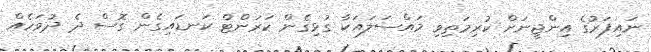
ނައިފަރުގެ އިންޖީނަށް ކުރިމަތިވި މައްސަލައަކާ ގުޅިގެން ކަރަންޓް ކަނޑައިގެން ގޮސް ދެ ދުވަހެއް